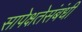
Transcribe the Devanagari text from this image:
सापेक्षतेसंबंधी